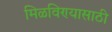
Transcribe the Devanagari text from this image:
मिळविण्‍यासाठी